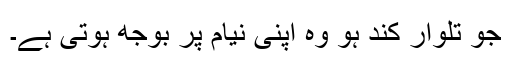
جو تلوار کند ہو وہ اپنی نیام پر بوجھ ہوتی ہے۔